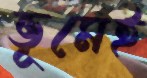
ভূমেই